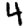
Digit: 4